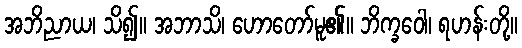
အဘိညာယ၊ သိ၍။ အဘာသိ၊ ဟောတော်မူ၏။ ဘိက္ခဝေါ၊ ရဟန်းတို့။